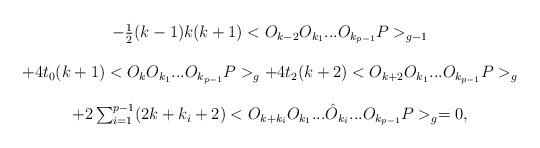
LaTeX: \begin{align*}\begin{array}{c}-\frac{1}{2} (k-1)k(k+1)<O_{k-2} O_{k_{1}} ... O_{k_{p-1}}P>_{g-1} \\ \\+4t_{0} (k+1)<O_{k} O_{k_{1}} ... O_{k_{p-1}}P>_{g}+4t_{2} (k+2)<O_{k+2} O_{k_{1}} ... O_{k_{p-1}}P>_{g} \\ \\ +2 \sum _{i=1}^{p-1} (2k +k_{i} +2) <O_{k+k_{i}}O_{k_{1}}...\hat{O}_{k_{i}}...O_{k_{p-1}} P>_{g}=0, \end{array}\end{align*}